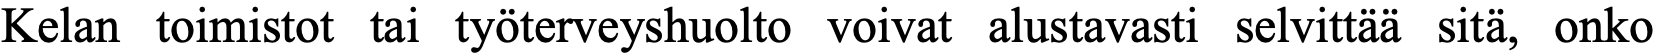
Kelan toimistot tai työterveyshuolto voivat alustavasti selvittää sitä, onko